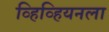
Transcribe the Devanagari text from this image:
व्हिव्हियनला